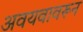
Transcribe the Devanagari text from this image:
अवयवावरून